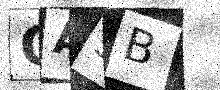
Text: QA3B